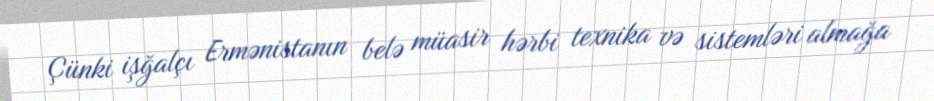
Çünki işğalçı Ermənistanın belə müasir hərbi texnika və sistemləri almağa